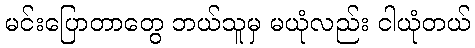
မင်းပြောတာတွေ ဘယ်သူမှ မယုံလည်း ငါယုံတယ်